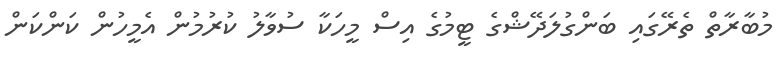
މުބާރާތް ތެރޭގައި ބަންގުލަދޭޝްގެ ޓީމުގެ އިސް މީހަކާ ސުވާލު ކުރުމުން އެމީހުން ކަންކަން